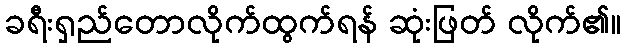
ခရီးရှည်တောလိုက်ထွက်ရန် ဆုံးဖြတ် လိုက်၏။